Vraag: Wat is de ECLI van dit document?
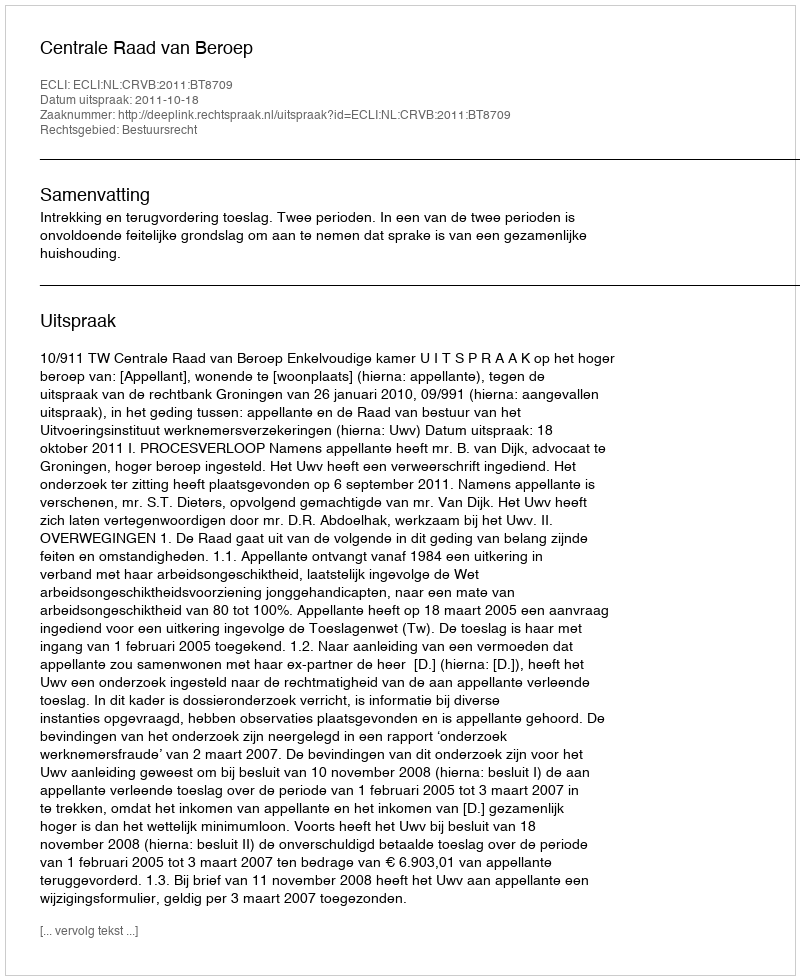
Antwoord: ECLI:NL:CRVB:2011:BT8709